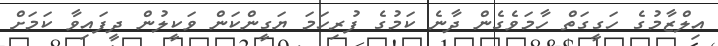
އިލްޒާމުގެ ހަގީގަތް ހާމަވެގެން ދާނެ ކަމުގެ ފުރިހަމަ ޔަގީންކަން ވަކީލުން ދީފައިވާ ކަމަށް